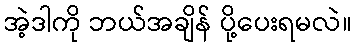
အဲ့ဒါကို ဘယ်အချိန် ပို့ပေးရမလဲ။